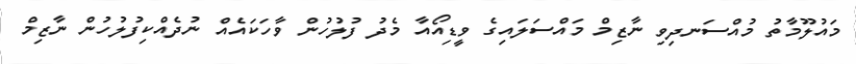
މައުލޫމާތު މުއްސަނދިވި ނާޒިމް މައްސަލައިގެ ވީޑިއޯއާ މެދު ފުލުހުން ވާހަކައެއް ނުދެއްކިފުލުހުން ނާޒިމް